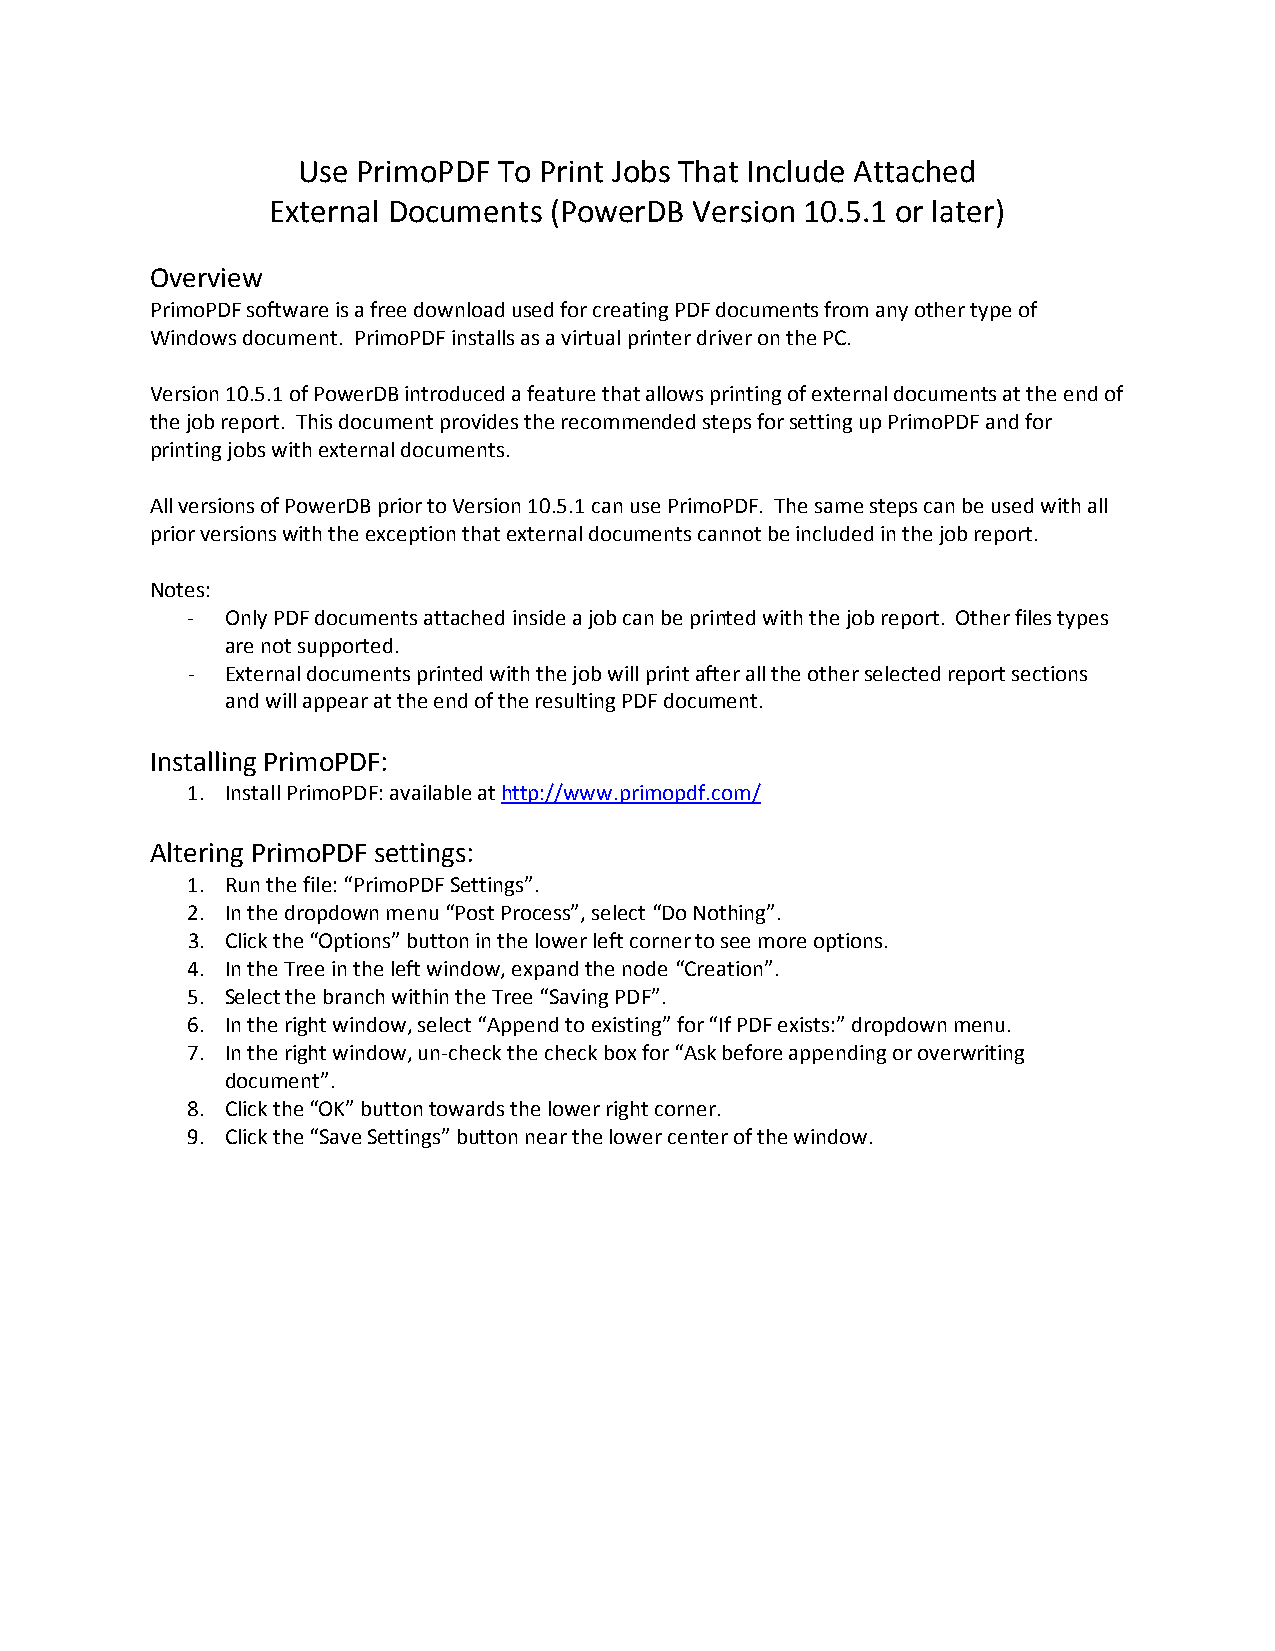
Use PrimoPDF To Print Jobs That Include Attached
 External Documents (PowerDB Version 10.5.1 or later)
 Overview
 PrimoPDF software is a free download used for creating PDF documents from any other type of
 Windows document. PrimoPDF installs as a virtual printer driver on the PC.
 Version 10.5.1 of PowerDB introduced a feature that allows printing of external documents at the end of
 the job report. This document provides the recommended steps for setting up PrimoPDF and for
 printing jobs with external documents.
 All versions of PowerDB prior to Version 10.5.1 can use PrimoPDF. The same steps can be used with all
 prior versions with the exception that external documents cannot be included in the job report.
 Notes:
 -  Only PDF documents attached inside a job can be printed with the job report. Other files types
 are not supported.
 -  External documents printed with the job will print after all the other selected report sections
 and will appear at the end of the resulting PDF document.
 Installing PrimoPDF:
 1. Install PrimoPDF: available at http://www.primopdf.com/
 Altering PrimoPDF settings:
 1. Run the file: “PrimoPDF Settings”.
 2. In the dropdown menu “Post Process”, select “Do Nothing”.
 3. Click the “Options” button in the lower left corner to see more options.
 4. In the Tree in the left window, expand the node “Creation”.
 5. Select the branch within the Tree “Saving PDF”.
 6. In the right window, select “Append to existing” for “If PDF exists:” dropdown menu.
 7. In the right window, un-check the check box for “Ask before appending or overwriting
 document”.
 8. Click the “OK” button towards the lower right corner.
 9. Click the “Save Settings” button near the lower center of the window.